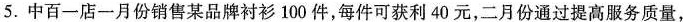
5.中百一店一月份销售某品牌衬衫100件，每件可获利40元，二月份通过提高服务质量，